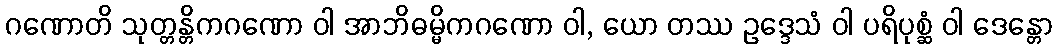
ဂဏောတိ သုတ္တန္တိကဂဏော ဝါ အာဘိဓမ္မိကဂဏော ဝါ, ယော တဿ ဥဒ္ဒေသံ ဝါ ပရိပုစ္ဆံ ဝါ ဒေန္တော